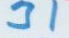
31